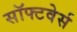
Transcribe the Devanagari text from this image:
सॉफ्टवेर्स